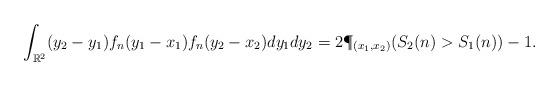
LaTeX: \begin{align*}\int_{\mathbb{R}^2} (y_2-y_1) f_n(y_1 - x_1) f_n(y_2 - x_2) dy_1 dy_2 = 2\P_{(x_1, x_2)}(S_2(n) > S_1(n)) - 1.\end{align*}